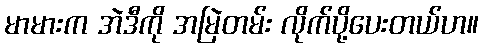
မာမားက အဲဒီကို အမြဲတမ်း လိုက်ပို့ပေးတယ်ဟ။